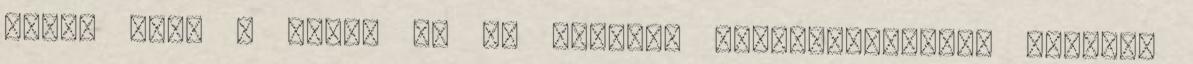
arra, hogy ő írta, de ez annyira valószerűtlenül hangzik